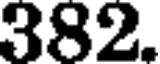
382.